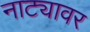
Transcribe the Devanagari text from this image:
नाट्यावर